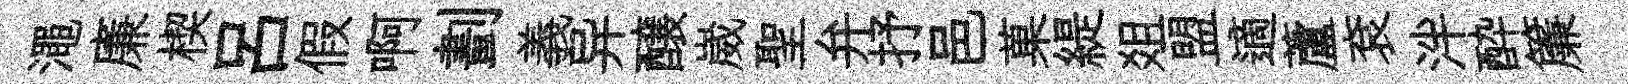
澠廉楔吕假啊劃義异醸崴聖弁抒邑菓緹爼盟適蘆袞泮酔簾